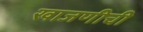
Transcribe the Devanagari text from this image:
खाजणीची